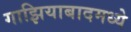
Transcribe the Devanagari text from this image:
गाझियाबादमध्ये